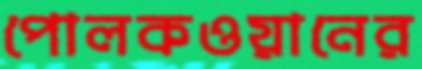
পোলকওয়ানের